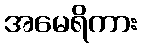
အမေရိကား